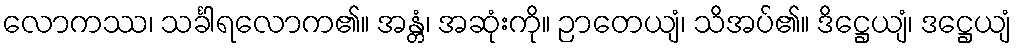
လောကဿ၊ သင်္ခါရလောက၏။ အန္တံ၊ အဆုံးကို။ ဉာတေယျံ၊ သိအပ်၏။ ဒိဋ္ဌေယျံ၊ ဒဋ္ဌေယျံ